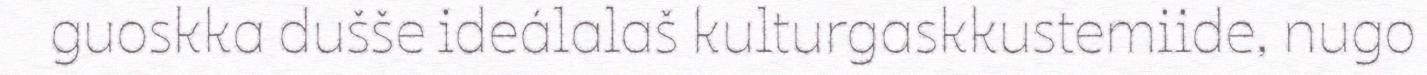
guoskka dušše ideálalaš kulturgaskkustemiide, nugo